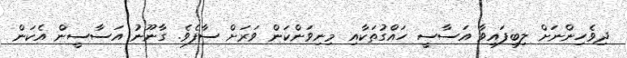
ދިވެހިންނަށް ލިބިފައިވާ އަސާސީ ހައްގުތަކާއި މިނިވަންކަން ވަރަށް ސާފެވެ. ގާނޫނު އަސާސީން އެކަން